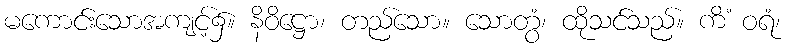
မကောင်းသောအကျင့်၌။ နိဝိဋ္ဌော၊ တည်သော။ သောတွံ၊ ထိုသင်သည်။ ကိံ ဝရံ၊